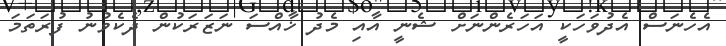
އެހެނަސް އެދުވަހަކީ އަހަރެންނަށް ޝެނީ އާއި މެދު ޚާއްސަ ނަޒަރަކުން ދެކެވުނު ފުރަތަމަ